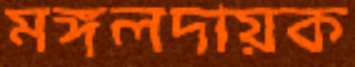
মঙ্গলদায়ক